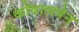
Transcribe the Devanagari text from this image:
कोवालनेन